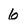
Character: 6